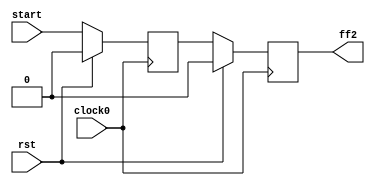
module hop0(

   		input 	clock0,
		input 	rst,
		input 	start,
   		output 	ff2
		
		);

   	reg ff1,ff2;


  	always @( posedge clock0)
   	begin
   		if( rst )
		begin
       			ff1 <= 0;
			ff2 <= 0;
		end
		else
		begin
			ff1<= start;
			ff2 <= ff1;
		end
	end

endmodule